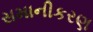
સમાનીકરણ